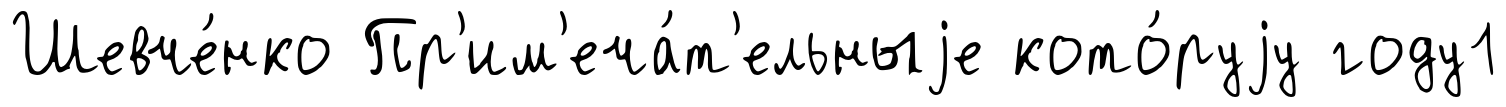
Шевче́нко Пр'им'еча́т'ельныjе кото́руjу году1